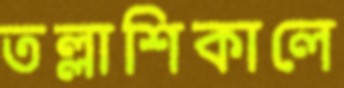
তল্লাশিকালে